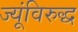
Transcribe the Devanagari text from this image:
ज्यूंविरुद्ध